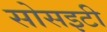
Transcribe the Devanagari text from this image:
सोसइटी